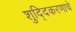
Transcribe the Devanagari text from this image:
शुद्दिकरणाचे